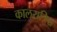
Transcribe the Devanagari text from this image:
कालरात्रिश्च